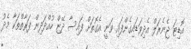
އޮޑިޓަ ޖެނެރަލް އެދިވަޑައިގެންފައި ވަނީ އެގޮތަށް ފައިސާ ދޭޏް ހުއްދަދިން ފަރާތްތަކާ މެދު